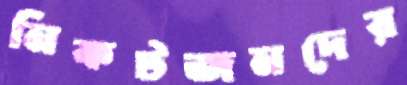
নিকটজনদের